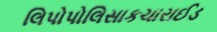
લિપોપોલિસાકચારાઈડ